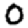
Digit: 0